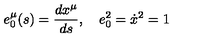
e _ { 0 } ^ { \mu } ( s ) = \frac { d x ^ { \mu } } { d s } , \quad e _ { 0 } ^ { 2 } = \dot { x } ^ { 2 } = 1